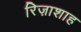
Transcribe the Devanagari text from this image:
रिज़ाशाह